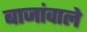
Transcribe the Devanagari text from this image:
बाजांवाले